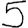
Digit: 5